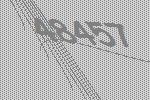
48457